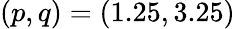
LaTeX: (p,q)=(1.25,3.25)